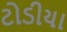
ટોડીયા